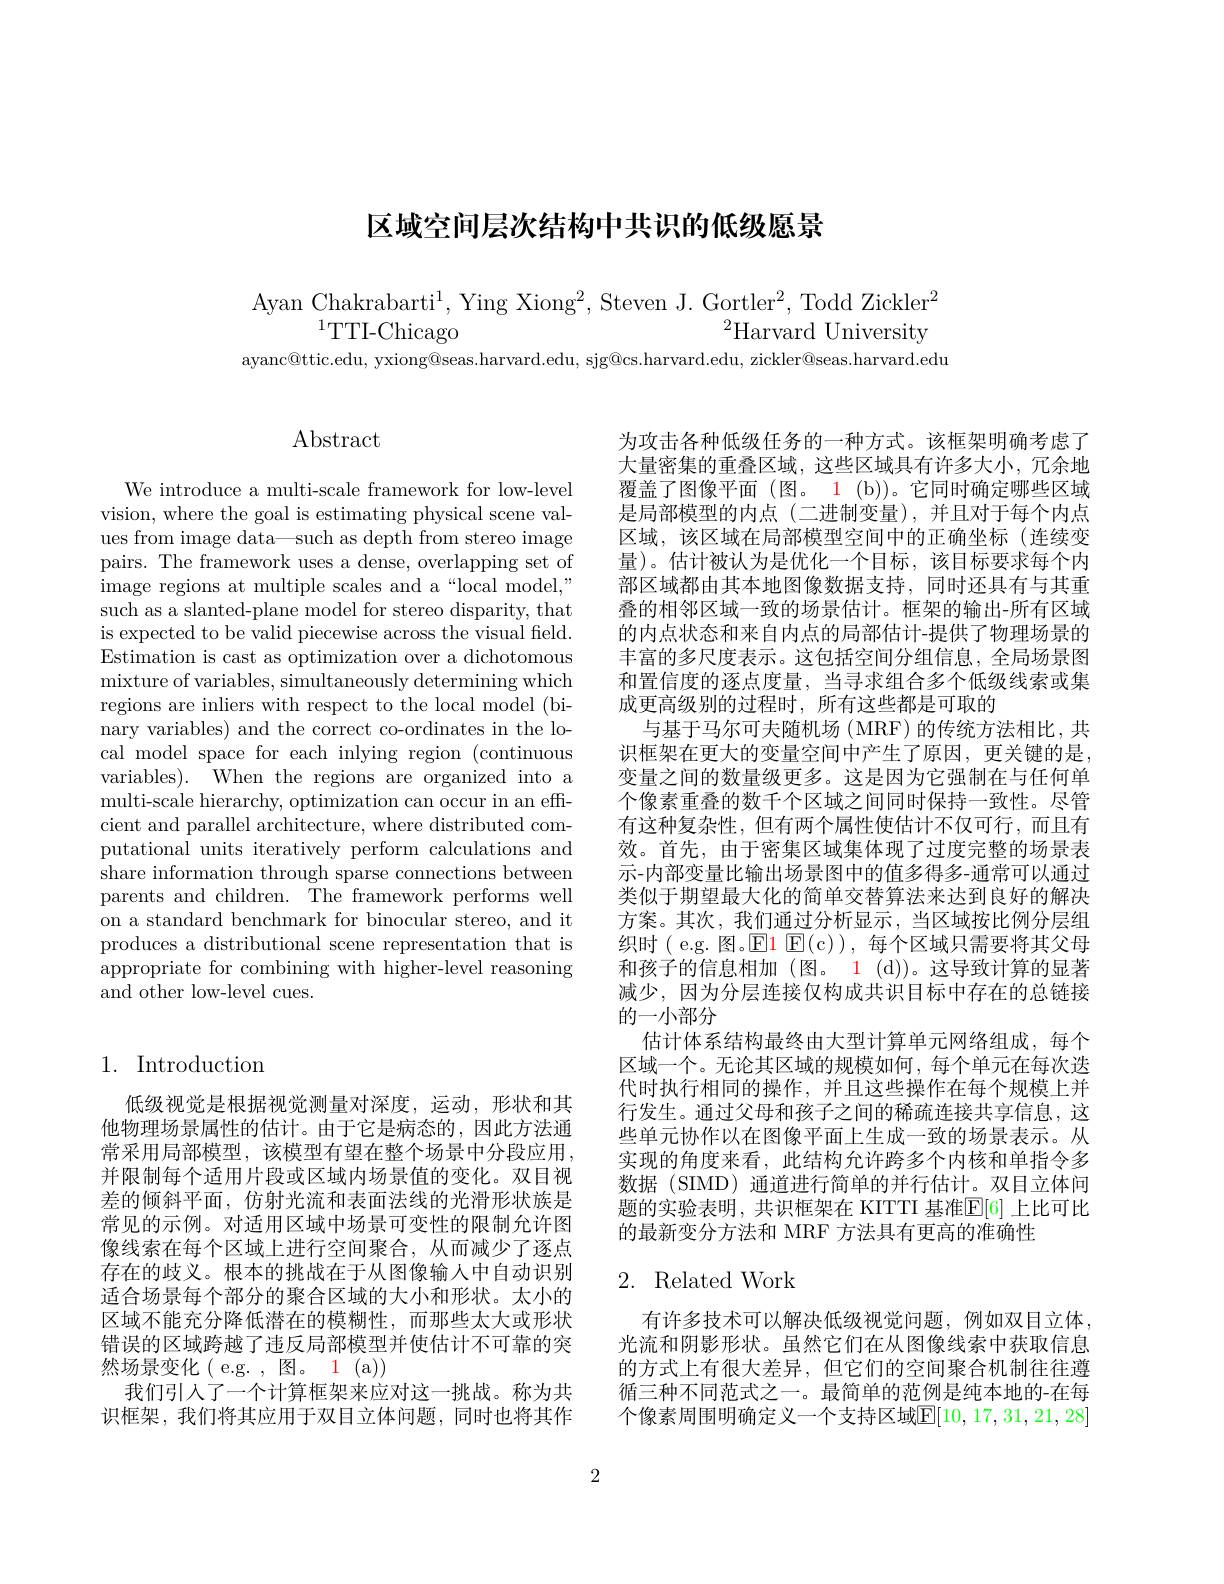
# 区域空间层次结构中共识的低级愿景

Ayan Chakrabarti$^1$, Ying Xiong$^2$, Steven J. Gortler$^2$, Todd Zickler$^2$
$^{1}$TTI-Chicago
$^2$Harvard University
ayanc@ttic.edu, yxiong@seas.harvard.edu, sjg@cs.harvard.edu, zickler@seas.harvard.edu

# 1. Introduction

低级视觉是根据视觉测量对深度，运动，形状和其他物理场景属性的估计。由于它是病态的，因此方法通常采用局部模型，该模型有望在整个场景中分段应用， 并限制每个适用片段或区域内场景值的变化。双目视差的倾斜平面，仿射光流和表面法线的光滑形状族是常见的示例。对适用区域中场景可变性的限制允许图像线索在每个区域上进行空间聚合，从而减少了逐点存在的歧义。根本的挑战在于从图像输入中自动识别适合场景每个部分的聚合区域的大小和形状。太小的区域不能充分降低潜在的模糊性，而那些太大或形状错误的区域跨越了违反局部模型并使估计不可靠的突然场景变化(e.g.,图。1(a))
我们引人了一个计算框架来应对这一挑战。称为共识框架，我们将其应用于双目立体问题，同时也将其作

# $\operatorname{Abstract}$

We introduce a multi-scale framework for low-level vision, where the goal is estimating physical scene values from image data—such as depth from stereo image pairs. The framework uses a dense, overlapping set of image regions at multiple scales and a“local model,” such as a slanted-plane model for stereo disparity, that is expected to be valid piecewise across the visual field. Estimation is cast as optimization over a dichotomous mixture of variables, simultaneously determining which regions are inliers with respect to the local model (binary variables) and the correct co-ordinates in the local model space for each inlying region (continuous variables). When the regions are organized into a multi-scale hierarchy, optimization can occur in an efficient and parallel architecture, where distributed computational units iteratively perform calculations and share information through sparse connections between parents and children. The framework performs well on a standard benchmark for binocular stereo, and it produces a distributional scene representation that is appropriate for combining with higher-level reasoning and other low-level cues.

为攻击各种低级任务的一种方式。该框架明确考虑了大量密集的重叠区域，这些区域具有许多大小，冗余地覆盖了图像平面(图。1(b))。它同时确定哪些区域是局部模型的内点(二进制变量),并且对于每个内点区域，该区域在局部模型空间中的正确坐标(连续变量)。估计被认为是优化一个目标，该目标要求每个内部区域都由其本地图像数据支持，同时还具有与其重叠的相邻区域一致的场景估计。框架的输出-所有区域的内点状态和来自内点的局部估计-提供了物理场景的丰富的多尺度表示。这包括空间分组信息，全局场景图和置信度的逐点度量，当寻求组合多个低级线索或集成更高级别的过程时，所有这些都是可取的
与基于马尔可夫随机场 (MRF) 的传统方法相比，共识框架在更大的变量空间中产生了原因，更关键的是变量之间的数量级更多。这是因为它强制在与任何单个像素重叠的数千个区域之间同时保持一致性。尽管有这种复杂性，但有两个属性使估计不仅可行，而且有效。首先，由于密集区域集体现了过度完整的场景表示-内部变量比输出场景图中的值多得多-通常可以通过类似于期望最大化的简单交替算法来达到良好的解决方案。其次，我们通过分析显示，当区域按比例分层组织时( e.g. 图。$\operatorname{El}\operatorname{E(c)}$),每个区域只需要将其父母和孩子的信息相加(图。1 (d))。这导致计算的显著减少，因为分层连接仅构成共识目标中存在的总链接的一小部分
估计体系结构最终由大型计算单元网络组成，每个区域一个。无论其区域的规模如何，每个单元在每次迭代时执行相同的操作，并且这些操作在每个规模上并行发生。通过父母和孩子之间的稀疏连接共享信息，这些单元协作以在图像平面上生成一致的场景表示。从实现的角度来看，此结构允许跨多个内核和单指令多数据(SIMD)通道进行简单的并行估计。双目立体问题的实验表明，共识框架在 KITTI 基准$\overline{\mathbb{E}}[6]$ 上比可比的最新变分方法和 MRF 方法具有更高的准确性

## 2. Related Work

有许多技术可以解决低级视觉问题，例如双目立体光流和阴影形状。虽然它们在从图像线索中获取信息的方式上有很大差异，但它们的空间聚合机制往往遵循三种不同范式之一。最简单的范例是纯本地的-在每个像素周围明确定义一个支持区域E[10,17,31,21,28]

2